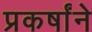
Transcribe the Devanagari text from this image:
प्रकर्षांने